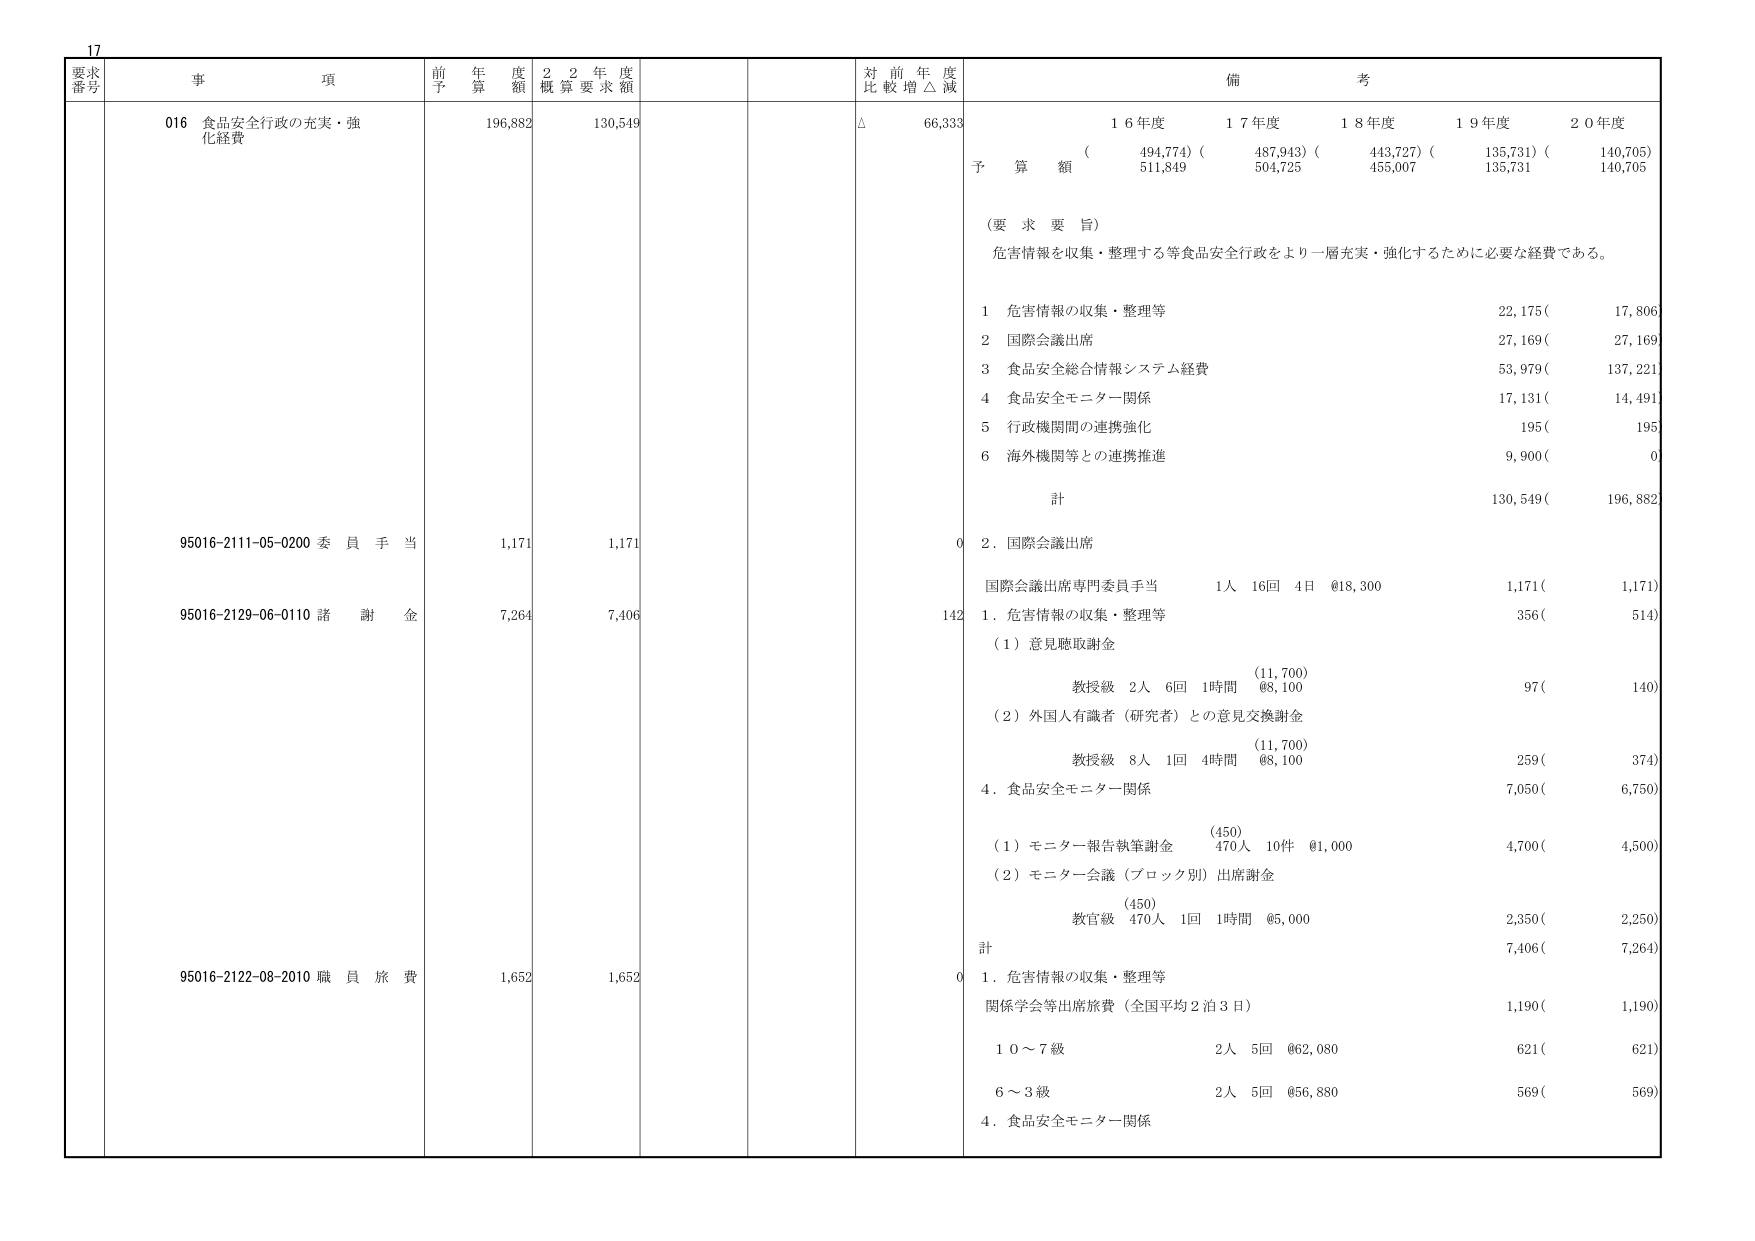
17
要求番号 事項 前年度予算額 2年度概算要求額 対前年度比較増△減 備考
016 食品安全行政の充実・強化経費 196,882 130,549 △ 66,333
（要 求 要 旨）
危害情報を収集・整理する等食品安全行政をより一層充実・強化するために必要な経費である。
1 危害情報の収集・整理等 22,175( 17,806)
2 国際会議出席 27,169( 27,169)
3 食品安全総合情報システム経費 53,979( 137,221)
4 食品安全モニター関係 17,131( 14,491)
5 行政機関間の連携強化 195( 195)
6 海外機関等との連携推進 9,900( 0)
計 130,549( 196,882)
95016-2111-05-0200 委員手当 1,171 1,171 0 2．国際会議出席
国際会議出席専門委員手当 1人 16回 4日 @18,300 1,171( 1,171)
95016-2129-06-0110 諸謝金 7,264 7,406 142 1．危害情報の収集・整理等 356( 514)
（1）意見聴取謝金
教授級 2人 6回 1時間 @8,100 (11,700) 97( 140)
（2）外国人有識者（研究者）との意見交換謝金
教授級 8人 1回 4時間 @8,100 (11,700) 259( 374)
4．食品安全モニター関係 7,050( 6,750)
（1）モニター報告執筆謝金 470人 10件 @1,000 (450) 4,700( 4,500)
（2）モニター会議（ブロック別）出席謝金
教官級 470人 1回 1時間 @5,000 (450) 2,350( 2,250)
計 7,406( 7,264)
95016-2122-08-2010 職員旅費 1,652 1,652 0 1．危害情報の収集・整理等
関係学会等出席旅費（全国平均2泊3日） 1,190( 1,190)
10～7級 2人 5回 @62,080 621( 621)
6～3級 2人 5回 @56,880 569( 569)
4．食品安全モニター関係
予算額（ 494,774）（ 487,943）（ 443,727）（ 135,731）（ 140,705）
511,849 504,725 455,007 135,731 140,705
16年度 17年度 18年度 19年度 20年度